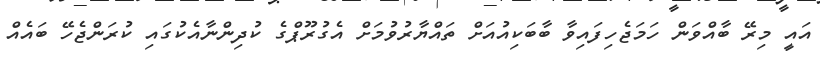
އައީ މިރޭ ބާއްވަން ހަމަޖެހިފައިވާ ބާބަކިއުއަށް ތައްޔާރުވުމަށް އެގުރޫޕްގެ ކުދިންނާއެކުގައި ކުރަންޖެހޭ ބައެއް